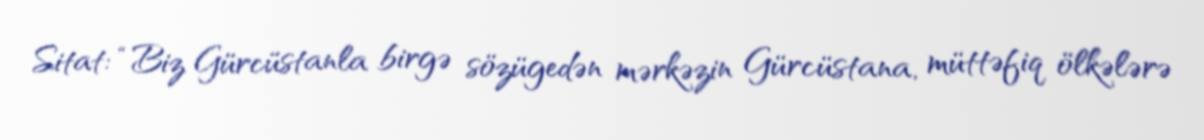
Sitat: “Biz Gürcüstanla birgə sözügedən mərkəzin Gürcüstana, müttəfiq ölkələrə